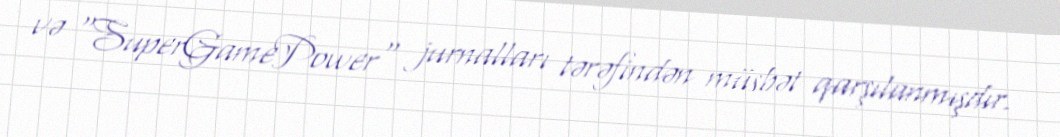
və "SuperGamePower" jurnalları tərəfindən müsbət qarşılanmışdır.